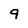
Character: 9